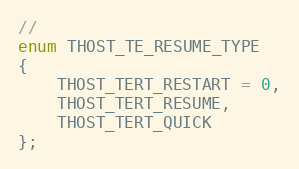
Language: C
//
enum THOST_TE_RESUME_TYPE
{
	THOST_TERT_RESTART = 0,
	THOST_TERT_RESUME,
	THOST_TERT_QUICK
};